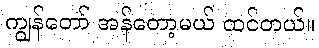
ကျွန်တော် အန်တော့မယ် ထင်တယ်။